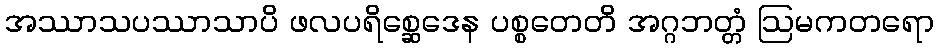
အဿာသပဿာသာပိ ဖလပရိစ္ဆေဒေန ပစ္စတေတိ အဂ္ဂဘတ္တံ ဩမကတရော